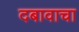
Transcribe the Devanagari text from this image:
दबावाचा